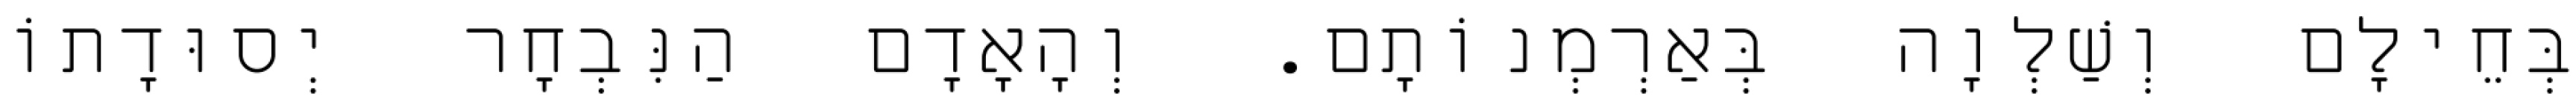
בְּחֵילָם וְשַׁלְוָה בְּאַרְמְנוֹתָם. וְהָאָדָם הַנִּבְחָר יְסוּדָתוֹ